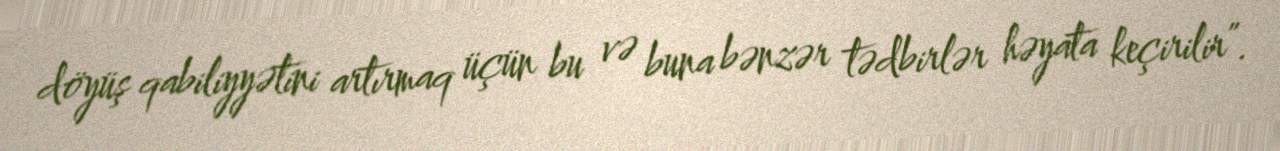
döyüş qabiliyyətini artırmaq üçün bu və buna bənzər tədbirlər həyata keçirilir”.